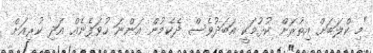
"މި ކްލަބަށް އިތުރަށް ކުޅުމަކީ އަބަދުވެސް ދެކެމުން އަންނަ ހުވަފެނެއް އަދި ކުރިއަށް